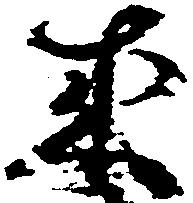
来